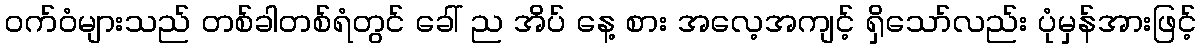
ဝက်ဝံများသည် တစ်ခါတစ်ရံတွင် ခေါ် ည အိပ် နေ့ စား အလေ့အကျင့် ရှိသော်လည်း ပုံမှန်အားဖြင့်